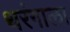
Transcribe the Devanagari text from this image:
थरंगाला